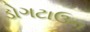
ડોગટાઉન